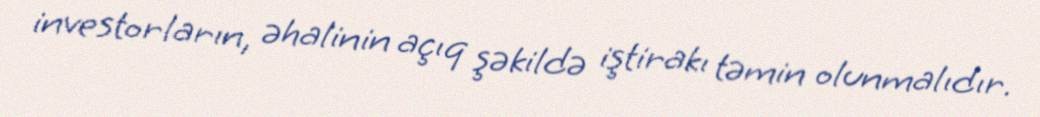
investorların, əhalinin açıq şəkildə iştirakı təmin olunmalıdır.